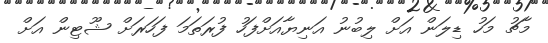
މާޗު މަހު ޑިލަން އަށް ލިބުނު އަނިޔާއަށްފަހު ފުރަތަމަ ފަހަރަށް ޝޫޓިން އަށް